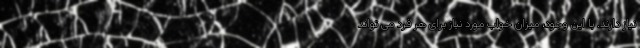
نیاز دارند. با این وجود، میزان خواب مورد نیاز برای هر فرد می تواند